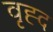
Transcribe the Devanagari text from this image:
वृह्द